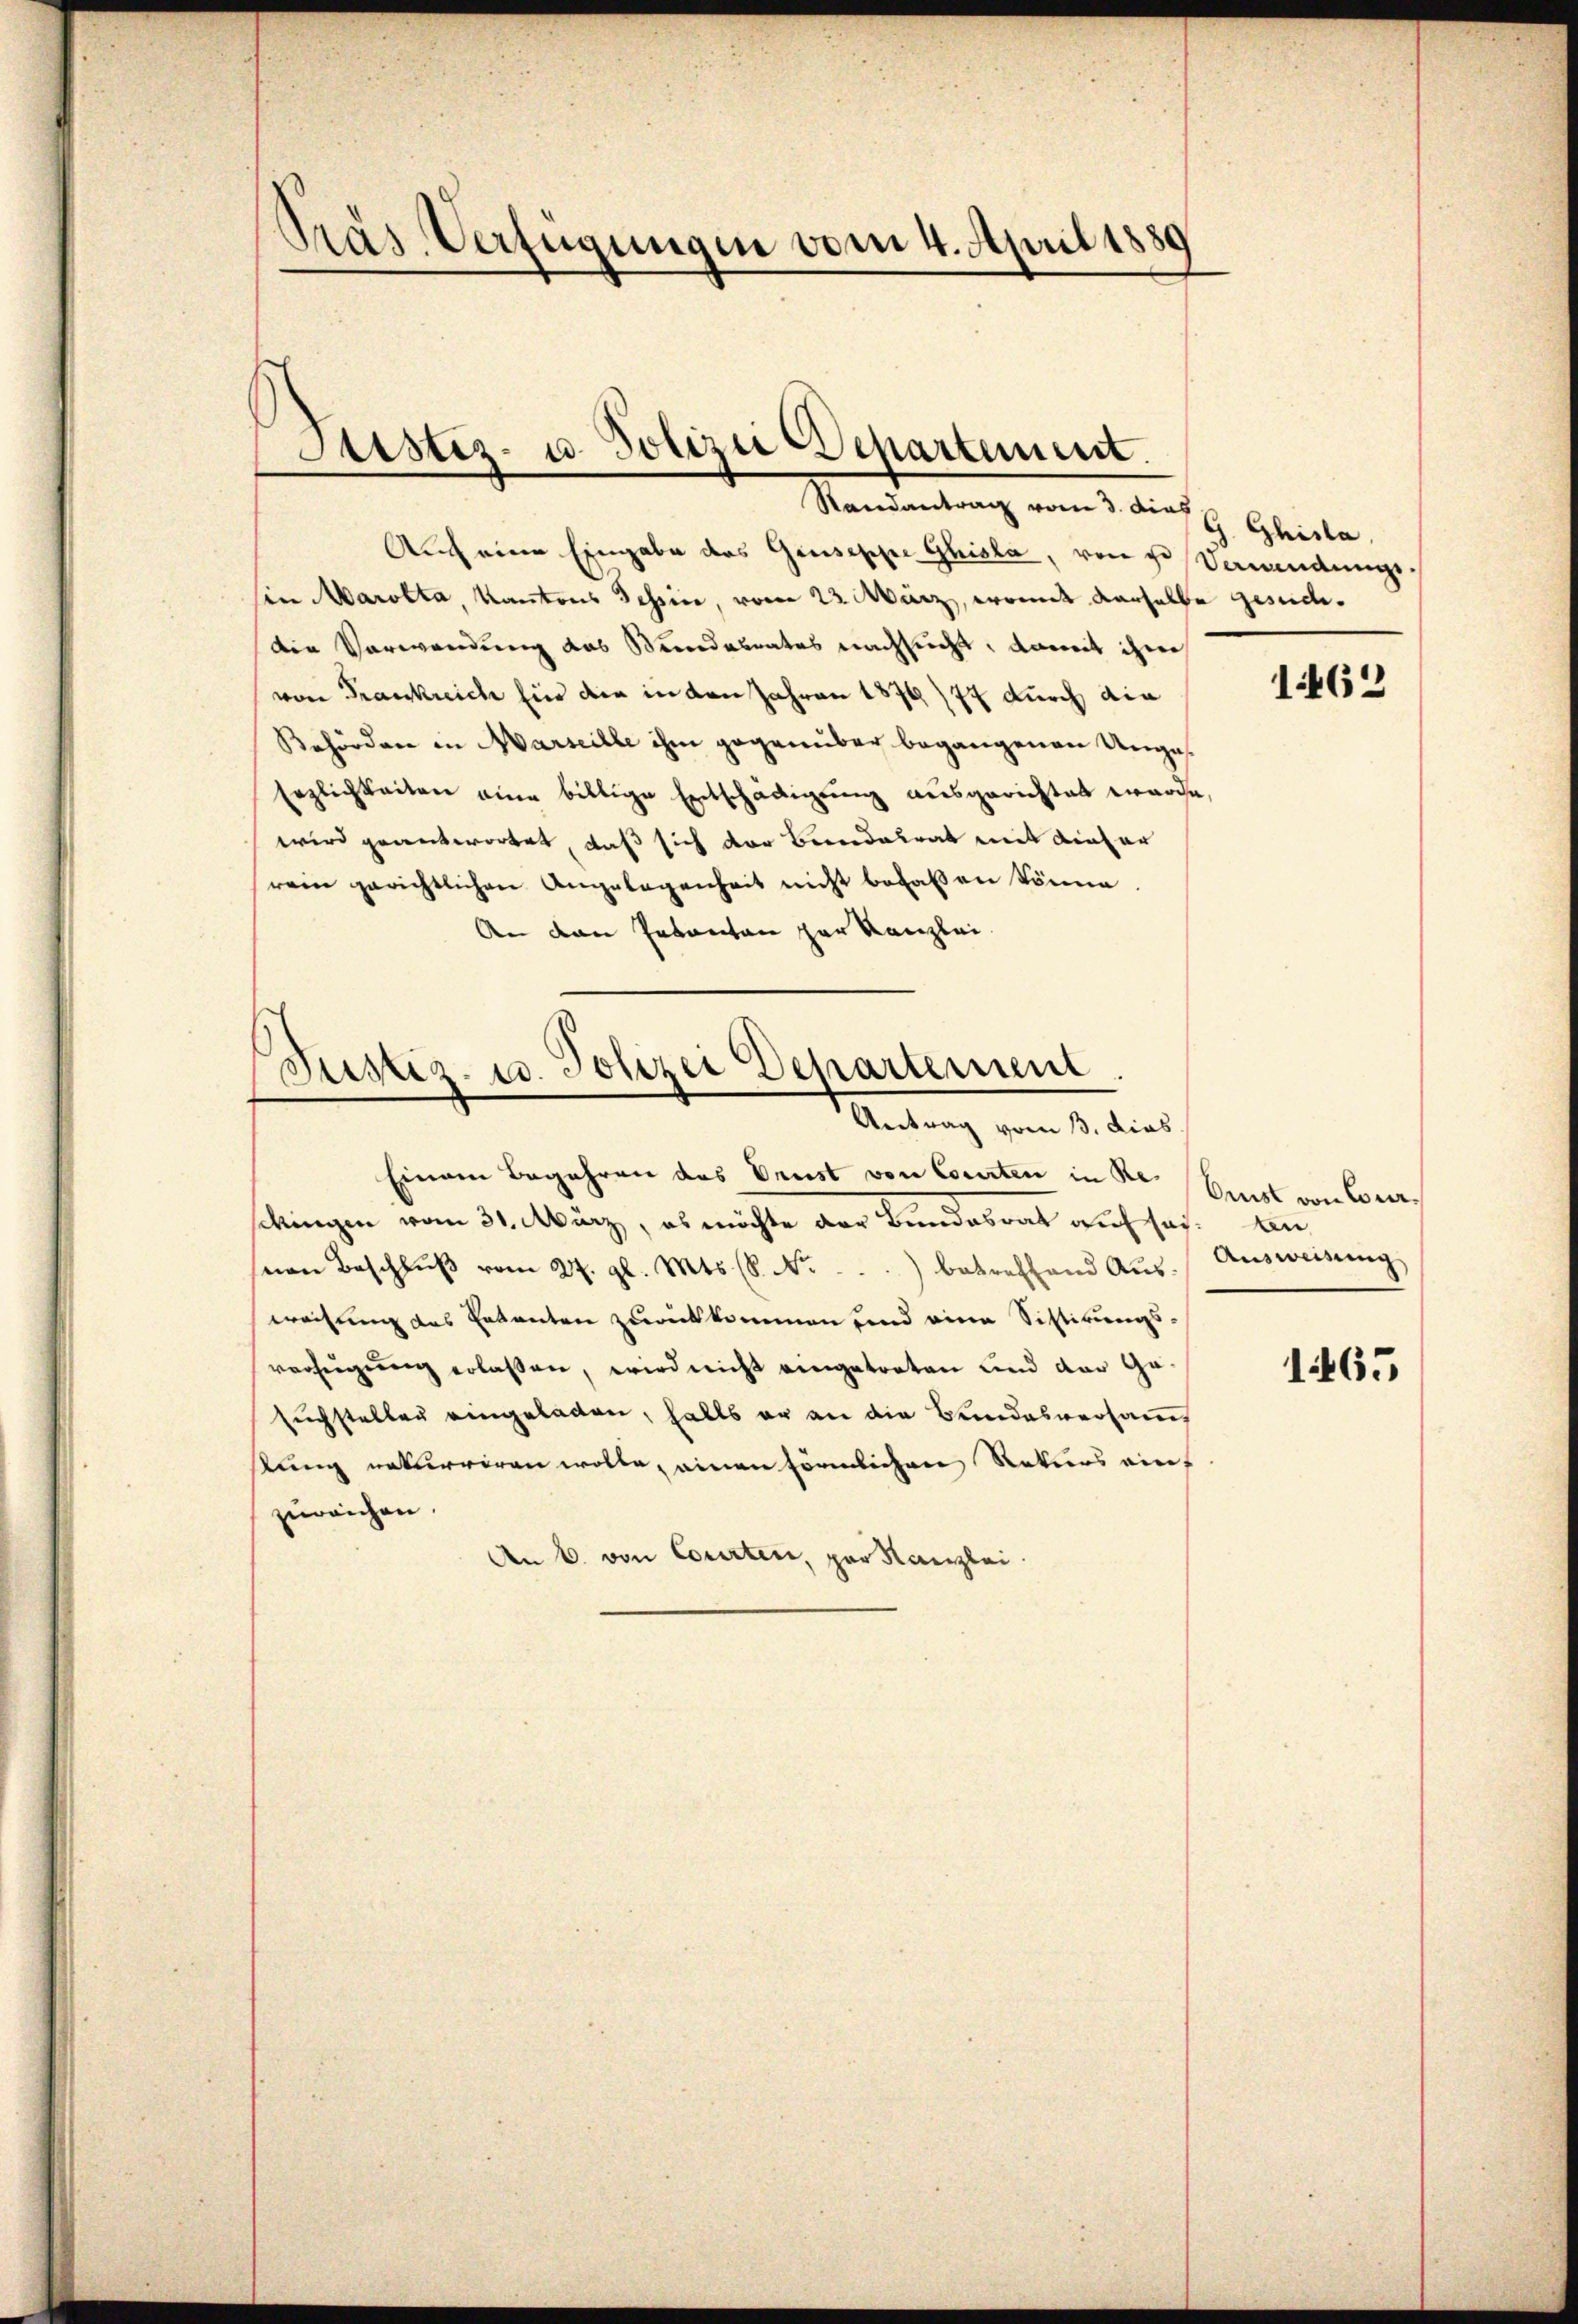
Präs. Verfügungen vom 4. April 1880

stiz- u. Polizei Departement.
Randantrag vom 3. dies

Auch eine Eingabe des Giuseppe Ghisla, von de Verwendungs
Ein Marotta, Kantons Tessin, vom 23. März, womit derselbe gesuchedie Verwendung das Stundesrates nachsucht, damit ihm
von Frankreich für die in den Jahren 1876/77 durch die
Behörden in Marseille ihm gegenüber begangenen Unges¬
Erzlichkeiten eine billige Entschädigŭng ausgerichtet wurde,
wird geantwortet, daß sich der Bendalrat mit dieser
rein gerichtlichen Angelegenheit nicht behaben könne.
An den Pakanton zur Kanzlei

Justiz- u. Polizei Departement.
Antrag vom 13. dies

Einem Begehren das Preist von Courten in Resckingen vom 31. März, es möchte der Bundesrat auf sog. An
snen Beschluß vom 27. gl. Mts. (S. Nr.
betreffend Aus-
weisung des Entanten zurückkommen und eine Sistirungsverfügung erlaßen, wird nicht eingetreten und der Gesuchstellen eingeladen, falls er an die Bundesversam
stung naturriren wolle, einen förmlichen Rekurs einzureichen.
An 6. von Courten, par Kanzlei.

G. Ghisla

1462

Orist von Cour¬
Ausweisung

1465